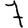
Digit: 7